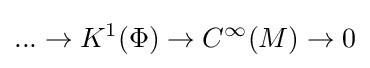
...\to K^{1}(\Phi )\to C^{\infty }(M)\to 0